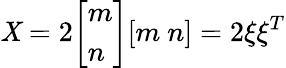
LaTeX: \mathit{X}=2{\left[\begin{array}{l}{m}\\ {n}\end{array}\right]}[m\ n]=2\xi\xi^{T}